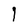
Character: 1